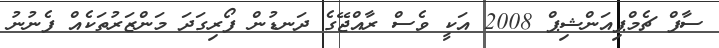
ސާފް ޗެމްޕިއަންޝިޕް 2008 އަކީ ވެސް ރާއްޖޭގެ ދަނޑުން ފޯރިގަދަ މަންޒަރުތަކެއް ފެނުނު